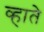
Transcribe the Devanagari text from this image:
व्हाते